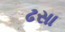
ઢસા